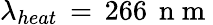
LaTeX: \lambda_{heat}\, =\, 266\, \mathrm{~n~m~}